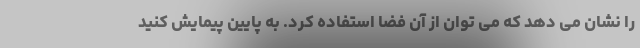
را نشان می دهد که می توان از آن فضا استفاده کرد. به پایین پیمایش کنید